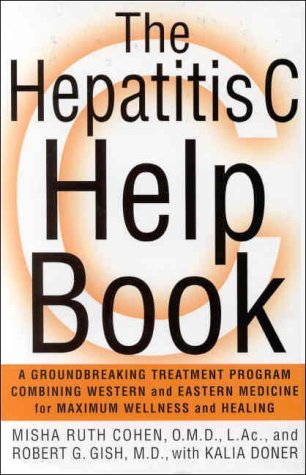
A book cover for The Hepatitis C Help Book: A Groundbreaking Treatment Program Combining Western and Eastern Medicine for Maximum Wellness and Healing; Robert Gish; Health, Fitness & Dieting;